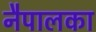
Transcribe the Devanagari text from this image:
नैपालका